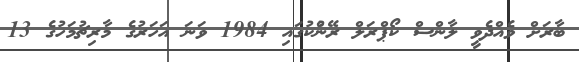
ބާރަށް ވެއްދެވީ ލާންސް ކޯޕްރަލް ރޭންުކުގައި 1984 ވަނަ އަހަރުގެ މާރިޗުމަހުގެ 13